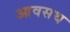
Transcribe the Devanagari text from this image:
आवसथ